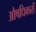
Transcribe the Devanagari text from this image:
औषधिकारों